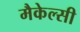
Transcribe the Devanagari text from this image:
मैकेल्सी